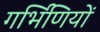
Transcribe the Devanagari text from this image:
गर्भिणियों